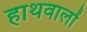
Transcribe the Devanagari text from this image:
हाथवालों